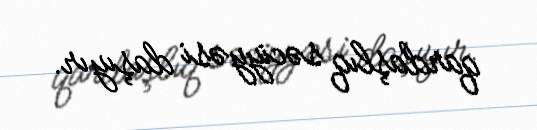
qardaşlıq səciyyəsi daşıyır.